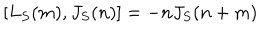
[ L _ { S } ( m ) , J _ { S } ( n ) ] = - n J _ { S } ( n + m )